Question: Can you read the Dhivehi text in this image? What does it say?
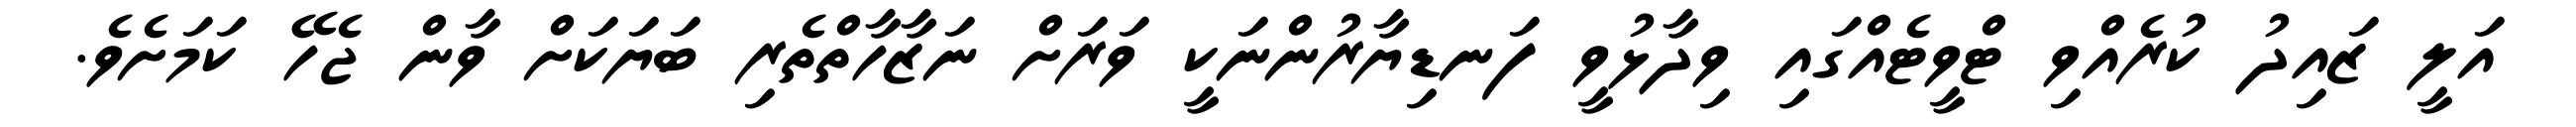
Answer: އަލީ ޒައިދު ކުރެއްވި ޓްވީޓެއްގައި ވިދާޅުވީ ފަނޑިޔާރުންނަކީ ވަރަށް ނަޒާހާތްތެރި ބަޔަކަށް ވާން ޖެހޭ ކަމަށެވެ.